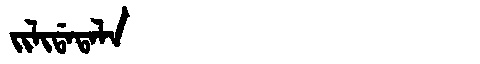
Manchu: ᠵᡳᠯᡳᡩᠠᡨᠠᠯᠠ
Romanization: JILIDATALA